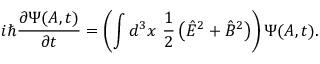
i \hbar { \frac { \partial \Psi ( A , t ) } { \partial t } } = \left( \int d ^ { 3 } x \ { \frac { 1 } { 2 } } \left( { \hat { E } } ^ { 2 } + { \hat { B } } ^ { 2 } \right) \right) \Psi ( A , t ) .